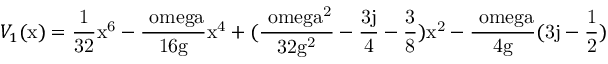
V _ { 1 } ( \mathrm { x ) = \frac { 1 } { 3 2 } \mathrm { x ^ { 6 } - \frac { \ o m e g a } { 1 6 \mathrm { g } } \mathrm { x ^ { 4 } + ( \frac { \ o m e g a ^ { 2 } } { 3 2 \mathrm { g ^ { 2 } } } - \frac { 3 j } { 4 } - \frac { 3 } { 8 } ) \mathrm { x ^ { 2 } - \frac { \ o m e g a } { 4 \mathrm { g } } ( 3 j - \frac { 1 } { 2 } ) } } } }